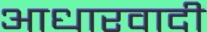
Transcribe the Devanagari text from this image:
आधारवादी